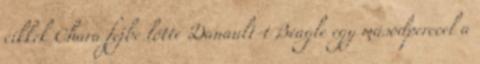
cikkek Chara fejbe lőtte Danault-t Beagle egy másodperccel a